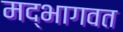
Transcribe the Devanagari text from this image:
मद्भागवत